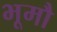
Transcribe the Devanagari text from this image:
भूमौ